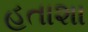
હતાશા